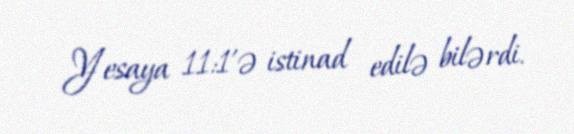
Yesaya 11:1’ə istinad edilə bilərdi.